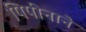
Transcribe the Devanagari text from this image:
पिपीनाने